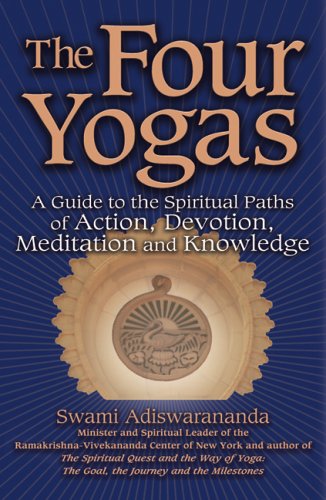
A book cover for The Four Yogas: A Guide to the Spiritual Paths of Action, Devotion, Meditation and Knowledge; Swami Adiswarananda; Religion & Spirituality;